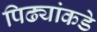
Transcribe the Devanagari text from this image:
पिढ्यांकडे